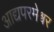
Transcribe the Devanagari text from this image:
आद्यपरमेश्वर